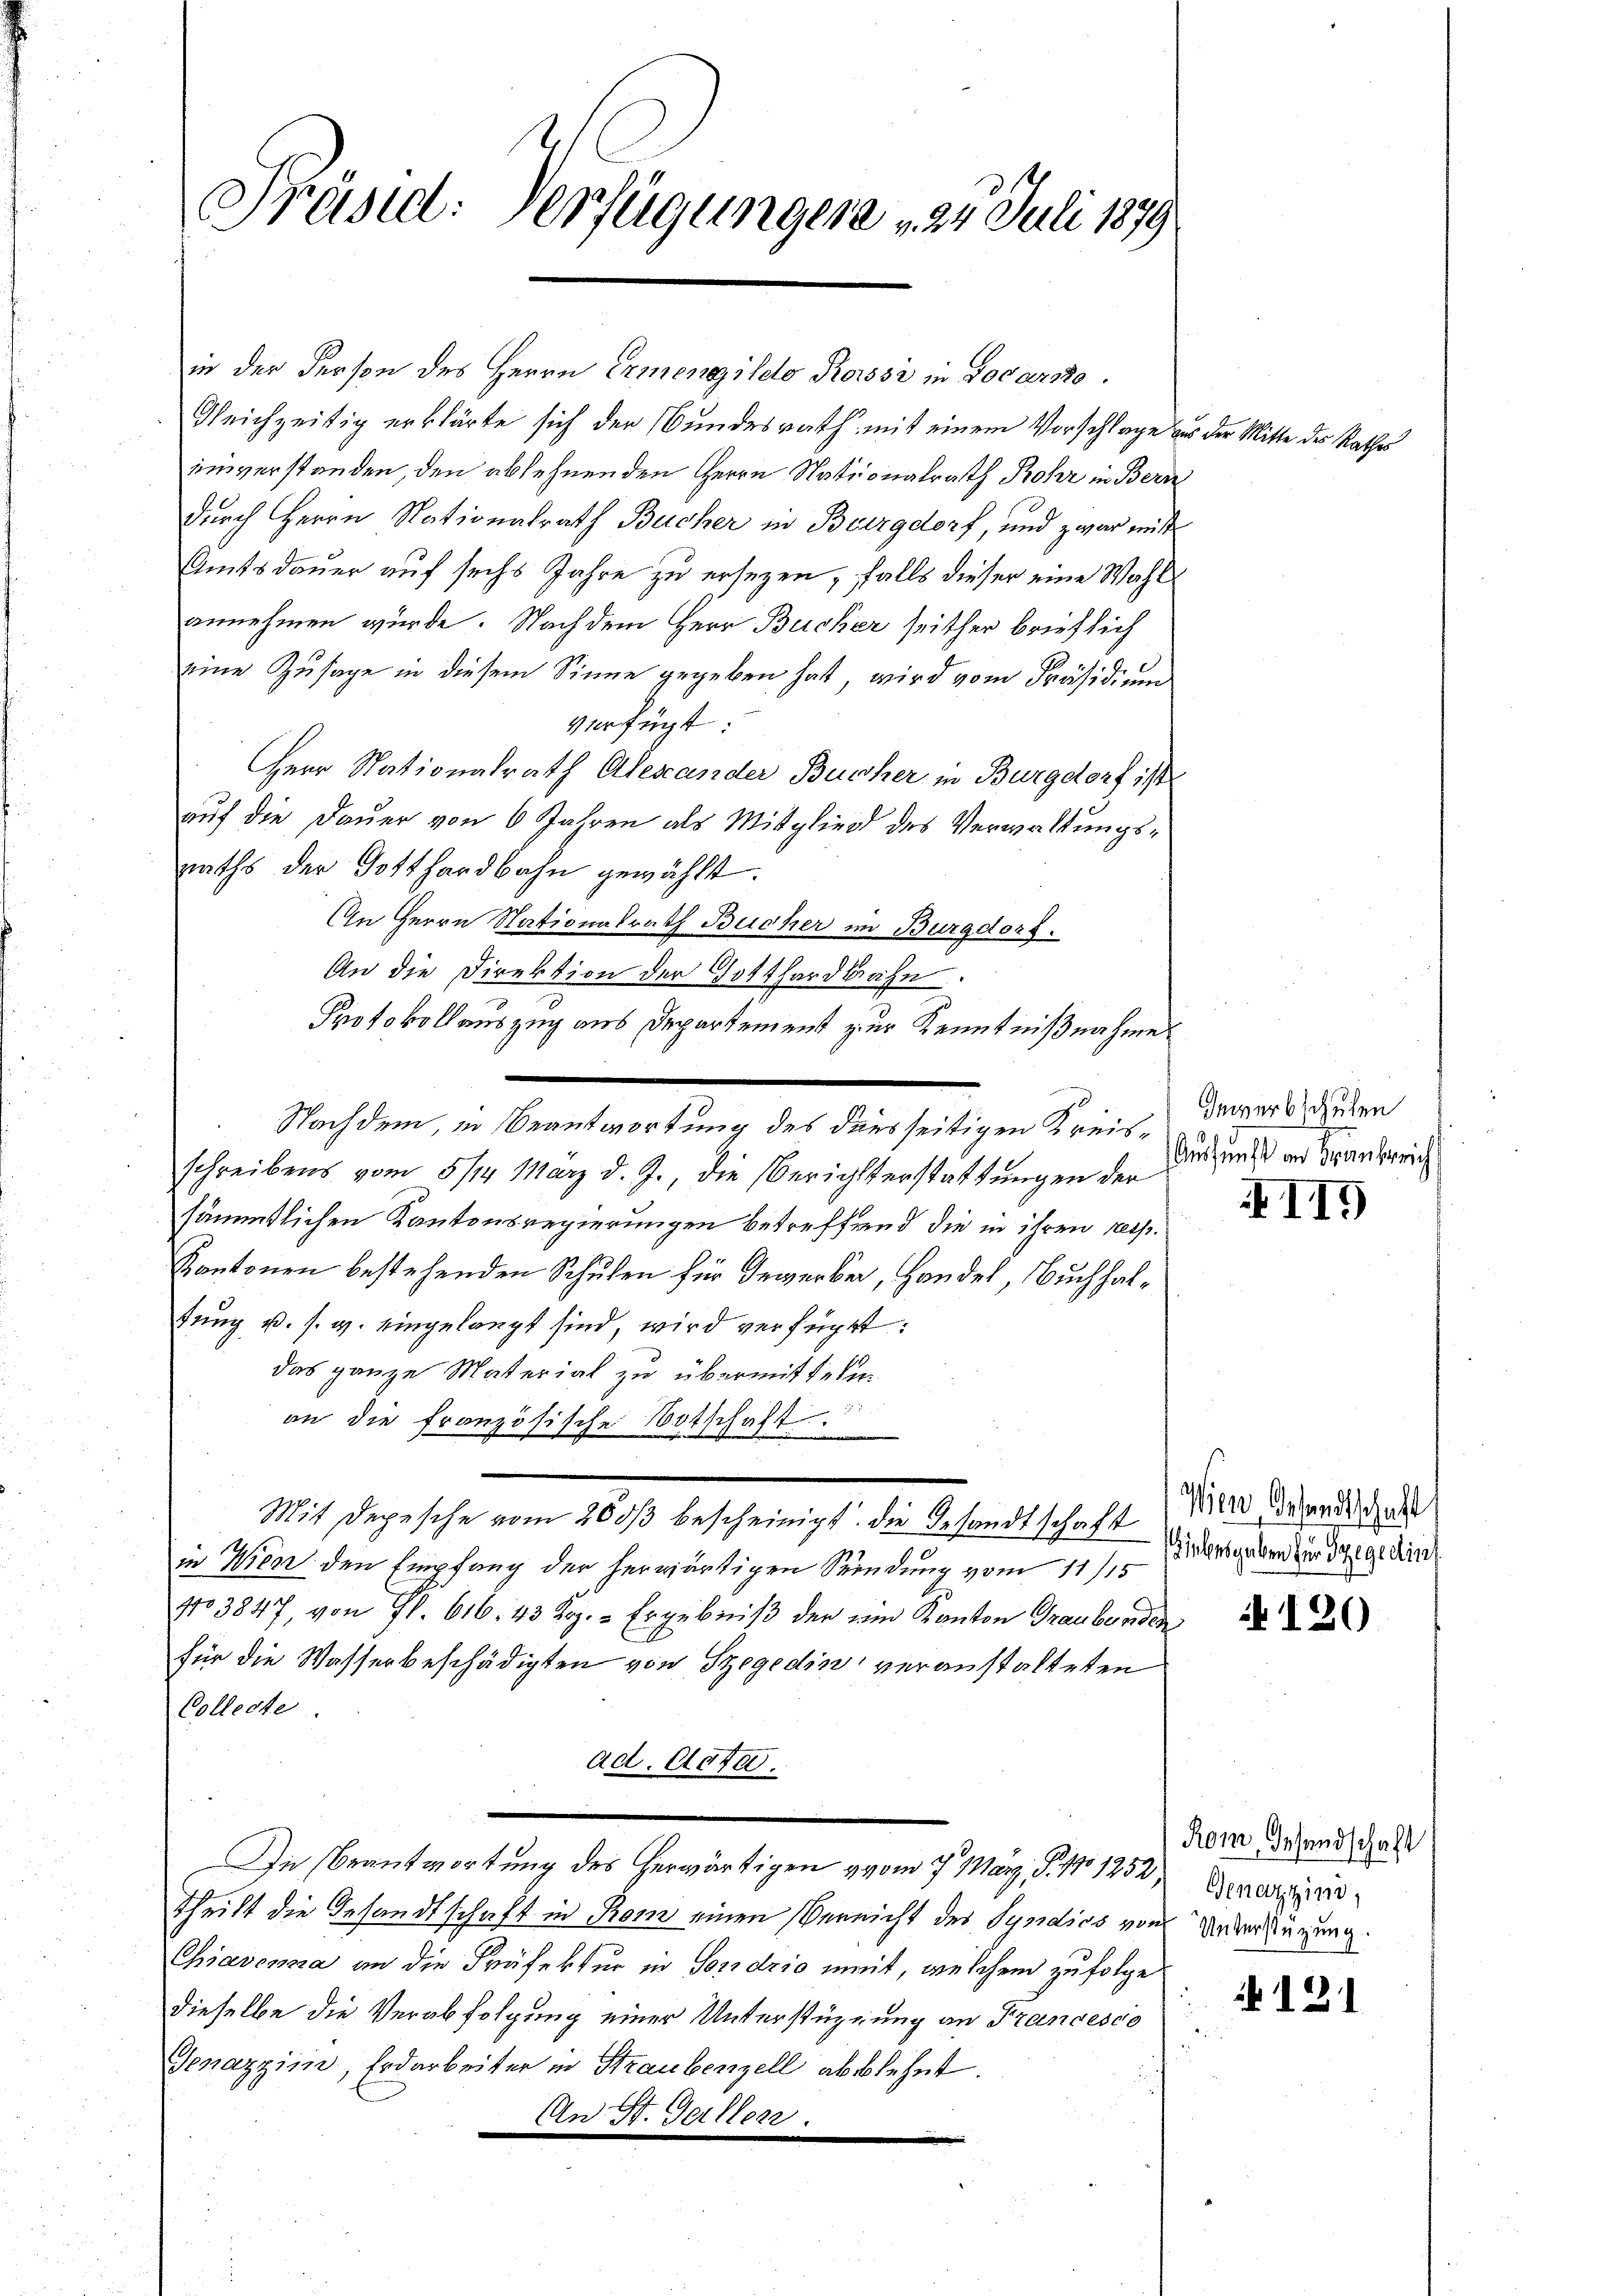
Präsid: Verfügungen 25. Juli 1879

in der Person des Herrn Ermengilelo Rossi in Locarsto
Gleichzeitig erklärte sich der Bundesrath, mit einem Vorschlage
enverstanden, den ablehnenden Herrn Nationalrath Rohr in Bern
durch Herrn Nationalrath Bucher in Burgdorf, und zwar mit
Amtsdauer auf sechs Jahre zu ersezen, falls dieser eine Wahl
annehmen wurde. Nach dem Herr Bücher seither brieflich
eine Zusage in diesem Sinne gegeben hat, wird vom Präsidium
verfügt:
Herr Nationalrath Alexander Bucher in Burgdorf ist
auf die Dauer von 6 Jahren als Mitglied des Verwaltungsraths der Gotthardbahn gewählt.
An Herrn Nationalrath Bücher im Burgdors.
An die Direktion der Gotthardbahn.
schreibens vom 5/14. März d. J., die Berichterstattungen der
sämmtlichen Kantonsregierungen betreffend die in ihren resp.
Kantonen bestehenden Schulen für Gewerber, Handel, Buchhaltung u. s. w. eingelangt sind, wird verfügt:
das ganze Material zu übermitteten
an die französische Botschaft.
Mit Depesche vom 200 bescheinigt. Die Gesandtschaft
in Wien den Empfang der herwärtigen Sendung vom 11. Desgaben der gedin
No 3847, von Fr. 616, 43 Koz. - Ergebniß der ein Kanton Graubünden
für die Wasserbeschädigten von Szegedin veranstalteten
Collecte.
ad. 1840.
In Beantwortung des herwärtigen vom 7. May, S. 11252) Derarzneistheilt die Gesandtschaft in Rom einen Vernicht des Syndics von Unverstützung.
Chiavonna an die Präfektur in Sondrio weit, welchem zufolge
dieselbe die Verabfolgung einer Unterstützung an Francesco
Genazzim, Erdarbeiter in Straubenzell abblehnt.
AAn St. Gallen.

Protokollauszug aus Departement zur Kenntnißnahme
Nachdem, in Beantwortung des dersseitigen Kreis¬

aus der Mitte des Rathes

Gewerbschulen
Auskunft an Krankreich

119

Wien, Gesandtschaft

120

§ 121

Rom Gesandschaft